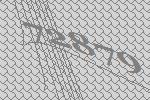
72879